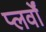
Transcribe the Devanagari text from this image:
प्लर्वों